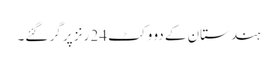
ہندستان کے دو وکٹ 24 رنز پر گر گئے۔